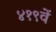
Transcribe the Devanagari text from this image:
४१९वें